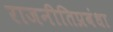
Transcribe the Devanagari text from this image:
राजनीतिप्रबंधा